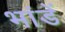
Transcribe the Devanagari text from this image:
भांडें